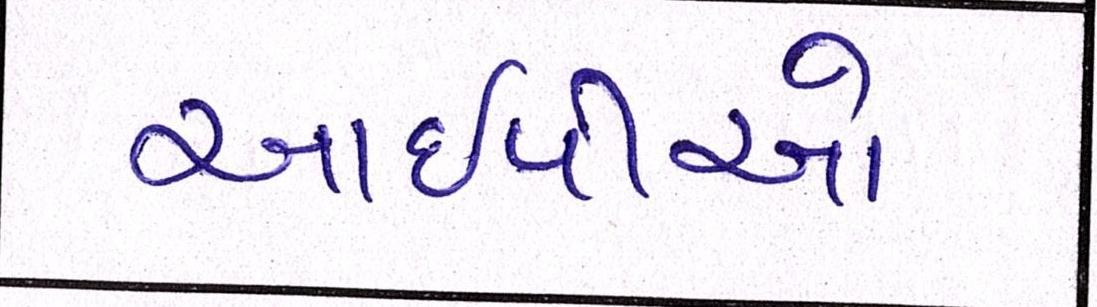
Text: આઈપીઓ